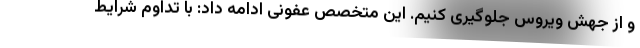
و از جهش ویروس جلوگیری کنیم. این متخصص عفونی ادامه داد: با تداوم شرایط